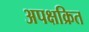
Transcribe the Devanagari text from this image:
अपक्षक्रित